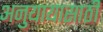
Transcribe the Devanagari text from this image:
अनुयायासाठी